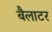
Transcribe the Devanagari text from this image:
बैलाटर